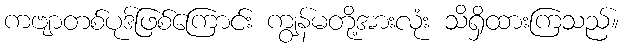
ကဗျာတစ်ပုဒ်ဖြစ်ကြောင်း ကျွန်မတို့အားလုံး သိရှိထားကြသည်။